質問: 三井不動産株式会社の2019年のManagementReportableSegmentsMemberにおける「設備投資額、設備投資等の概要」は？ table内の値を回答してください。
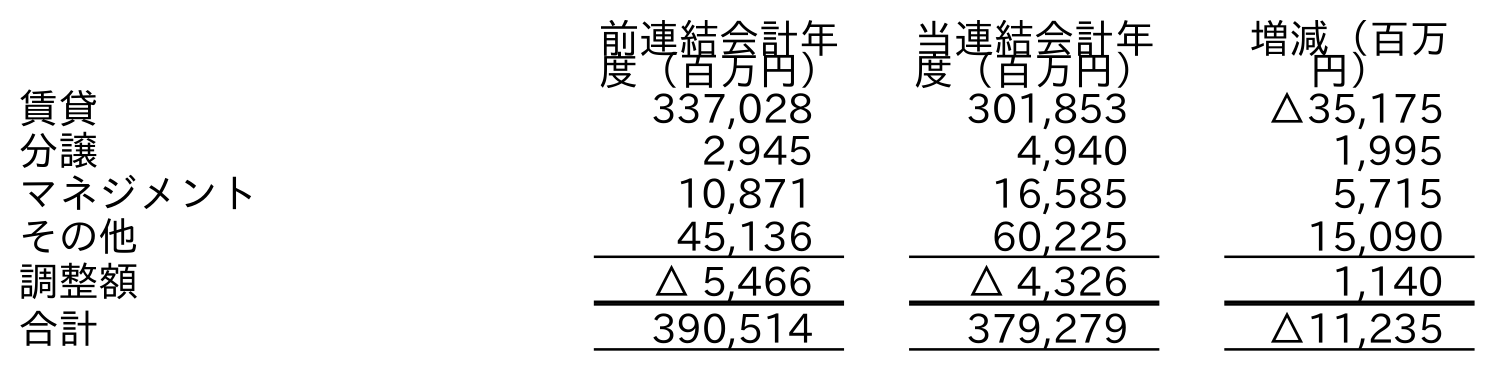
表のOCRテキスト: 前連結会計年 度（百万円） 当連結会計年 度（百万円） 増減（百万 円） 賃貸 337,028 301,853 △35,175 分譲 2,945 4,940 1,995 マネジメント 10,871 16,585 5,715 その他 45,136 60,225 15,090 調整額 △ 5,466 △ 4,326 1,140 合計 390,514 379,279 △11,235
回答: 10,871